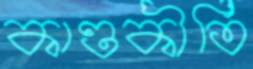
কাণ্ডকীর্তি